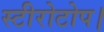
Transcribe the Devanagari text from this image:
स्टीरोटोप।